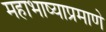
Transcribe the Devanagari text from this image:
महाभाष्याप्रमाणे